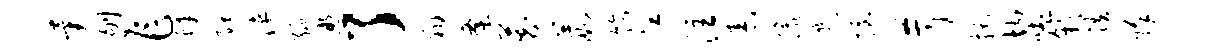
异刎乍蜂隈陕绿照了翔逄藏葭饰江注舂像几握苛托均吐竽跌除